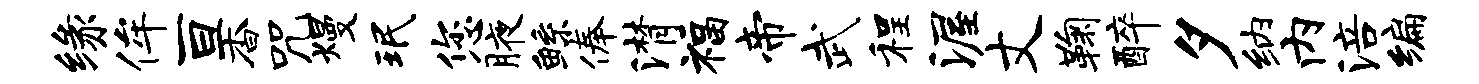
缘侔亘杳咒熳珉您腋鲧俸潸福帝武程渥丈鞠醉夕纳内涪编